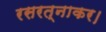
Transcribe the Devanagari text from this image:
रसरत्नाकर।